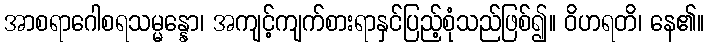
အာစရာဂေါစရသမ္မန္နော၊ အကျင့်ကျက်စားရာနှင်ပြည့်စုံသည်ဖြစ်၍။ ဝိဟရတိ၊ နေ၏။